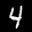
Label: 4